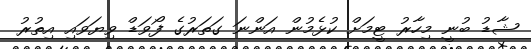
ޝާޑު ބުނީ މިހާރު ޓީމަށް ކުޅެމުން އަންނަ ގަތަރުގެ ފޯވަޑް ވިޔަވައި އިތުރު